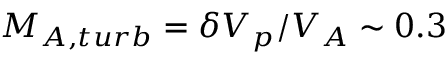
M _ { A , t u r b } = \delta V _ { p } / V _ { A } \sim 0 . 3